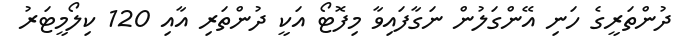
ދުންތަރީގެ ހަނި އޭންގަލުން ނަގާފައިވާ މިފޮޓޯ އަކީ ދުންތަރި އާއި 120 ކިލޯމީޓަރު